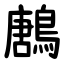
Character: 鶶